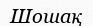
Шошақ